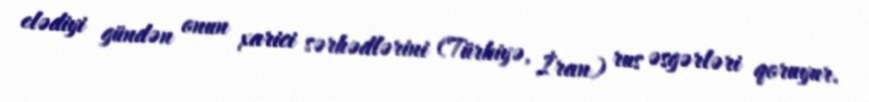
elədiyi gündən onun xarici sərhədlərini (Türkiyə, İran) rus əsgərləri qoruyur.